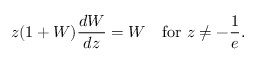
z ( 1 + W ) { \frac { d W } { d z } } = W \quad { \mathrm { f o r ~ } } z \neq - { \frac { 1 } { e } } .